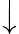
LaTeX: \big\downarrow